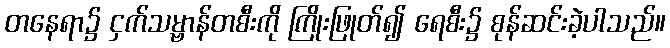
တနေရာ၌ ငှက်သမ္ဗာန်တစီးကို ကြိုးဖြုတ်၍ ရေစီး၌ စုန်ဆင်းခဲ့ပါသည်။